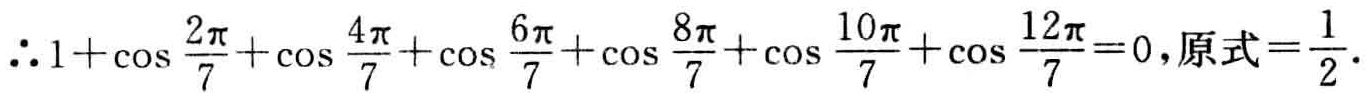
\(\therefore 1+\cos \frac{2\pi}{7}+\cos \frac{4\pi}{7}+\cos \frac{6\pi}{7}+\cos \frac{8\pi}{7}+\cos \frac{10\pi}{7}+\cos \frac{12\pi}{7}=0,\)原式\(=\frac{1}{2}\).